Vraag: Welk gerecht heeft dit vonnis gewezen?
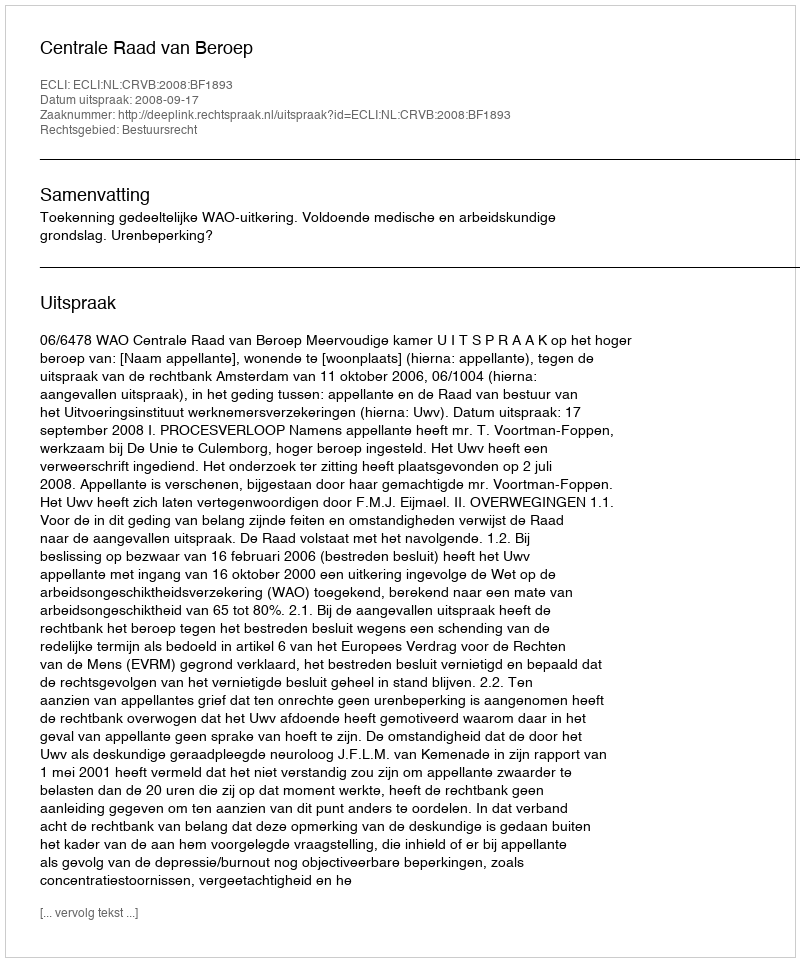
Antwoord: Centrale Raad van Beroep